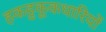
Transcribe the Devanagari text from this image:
हकहुकूकधारियों